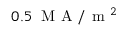
0 . 5 \; \mathrm { ~ M ~ A ~ } / \mathrm { ~ m ~ } ^ { 2 }